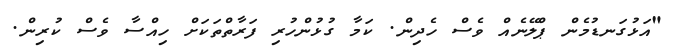
"އަޅުގަނޑުމެން ޕްލޭނެއް ވެސް ހެދިން. ކަމާ ގުޅުންހުރި ފަރާތްތަކަށް ހިއްސާ ވެސް ކުރިން.